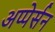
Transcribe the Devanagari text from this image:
अप्पेर्सन